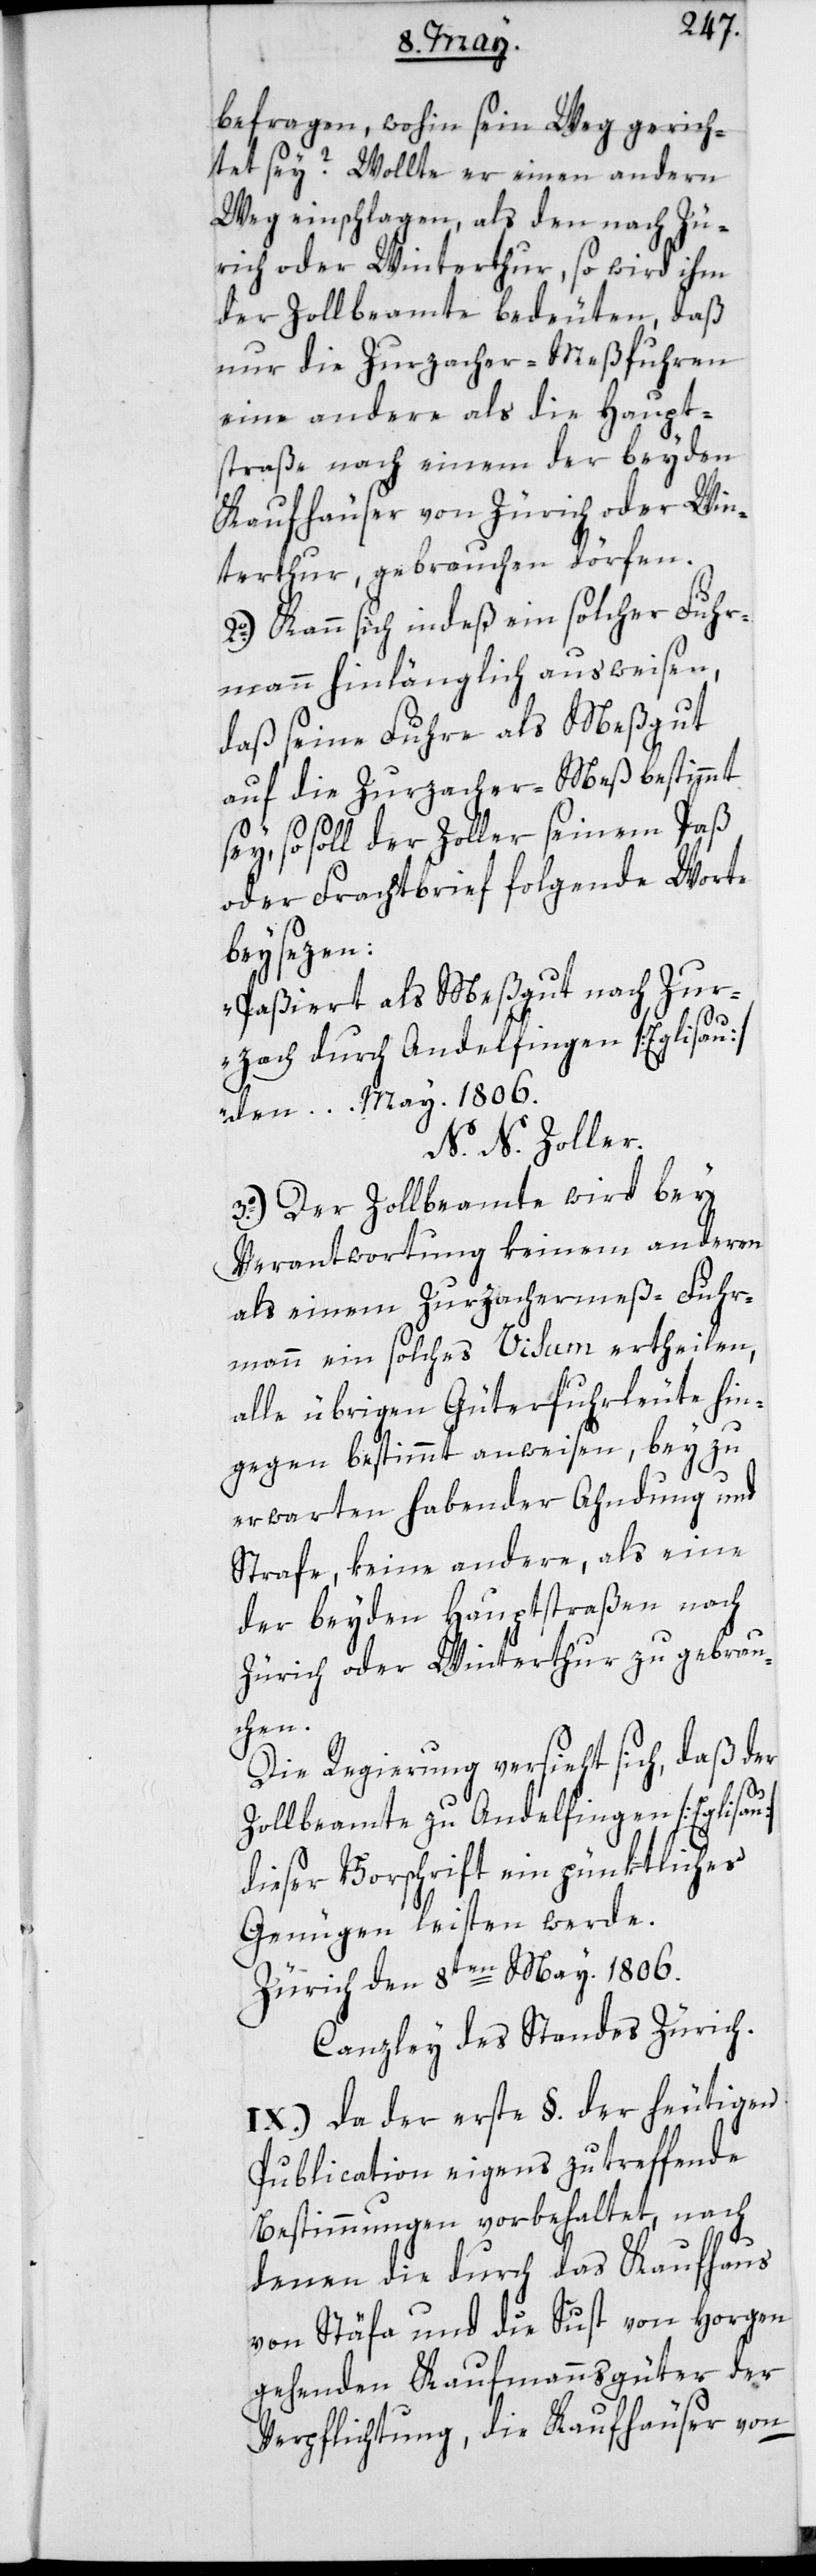
befragen, wohin sein Weg gerich¬
tet sey? Wollte er einen andern
Weg einschlagen, als den nach Zü¬
rich oder Winterthur, so wird ihm
der Zollbeamte bedeuten, daß
nur die Zurzacher-Meßfuhren
eine andere als die Haupt¬
straße nach einem der beyden
Kaufhäuser von Zürich oder Win¬
terthur, gebrauchen dörfen.
2o.) Kann sich indeß ein solcher Fuhr¬
mann hinlänglich ausweisen,
daß seine Fuhre als Meßgut
auf die Zurzacher-Meß bestimmt
sey, so soll der Zoller seinem Paß
oder Frachtbrief folgende Wort
beysezen:
„Paßiert als Meßgut nach Zur¬
zach durch Andelfingen [Eglisau]
den … May. 1806.
N.N. Zoller.
3o.) Der Zollbeamte wird bey
Verantwortung keinem anderen
als einem Zurzachermeß-Fuhr¬
mann ein solches Visum ertheilen,
alle übrigen Güterfuhrleute hin¬
gegen bestimmt anweisen, bey zu
erwarten habender Ahndung und
Strafe, keine andere, als eine
der beyden Hauptstraßen nach
Zürich oder Winterthur zu gebrau¬
chen.
Die Regierung versieht sich, daß der
Zollbeamte zu Andelfingen [Eglisau]
dieser Vorschrift ein pünktliches
Genügen leisten werde.
Zürich den 8ten May. 1806.
Canzley des Standes Zürich.
IX.) Da der erste §. der heutigen
Publication eigens zu treffende
Bestimmungen vorbehaltet, nach
denen die durch das Kaufhaus
von Stäfa und die Sust von Horgen
gehenden Kaufmannsgüter der
Verpflichtung, die Kaufhäuser von